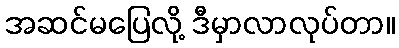
အဆင်မပြေလို့ ဒီမှာလာလုပ်တာ။